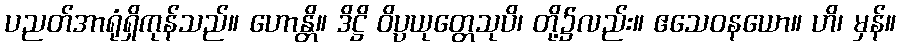
ပညတ်အာရုံရှိကုန်သည်။ ဟောန္တိ။ ဒိဋ္ဌိ ဝိပ္ပယုတ္တေသုပိ၊ တို့၌လည်း။ ဧသေဝနယော။ ဟိ၊ မှန်။